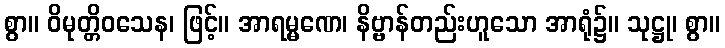
စွာ။ ဝိမုတ္တိဝသေန၊ ဖြင့်။ အာရမ္မဏေ၊ နိဗ္ဗာန်တည်းဟူသော အာရုံ၌။ သုဋ္ဌု၊ စွာ။